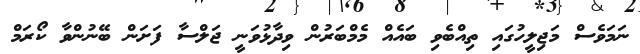
ނަމަވެސް މަޖިލީހުގައި ތިއްބެވި ބައެއް މެމްބަރުން ވިދާޅުވަނީ ޖަލްސާ ފަށަން ބޭނުންވާ ކޯރަމް